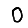
Digit: 0